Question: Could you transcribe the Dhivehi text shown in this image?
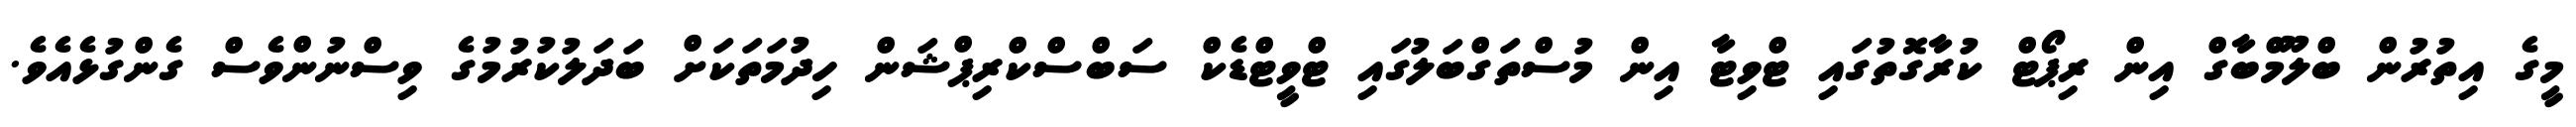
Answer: މީގެ އިތުރުން ބްލޫމްބާގް އިން ރިޕޯޓް ކުރާގޮތުގައި ޓްވިޓާ އިން މުސްތަގްބަލުގައި ޓްވީޓްޑެކް ސަބްސްކްރިޕްޝަން ހިދުމަތަކަށް ބަދަލުކުރުމުގެ ވިސްނުންވެސް ގެންގުޅެއެވެ.